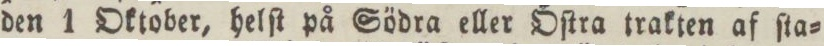
den 1 Oktober, helſt på Södra eller Öſtra trakten af ſta=